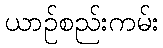
ယာဉ်စည်းကမ်း